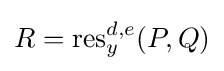
R=\operatorname {res} _{y}^{d,e}(P,Q)